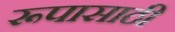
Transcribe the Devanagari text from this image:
रूपासाठी